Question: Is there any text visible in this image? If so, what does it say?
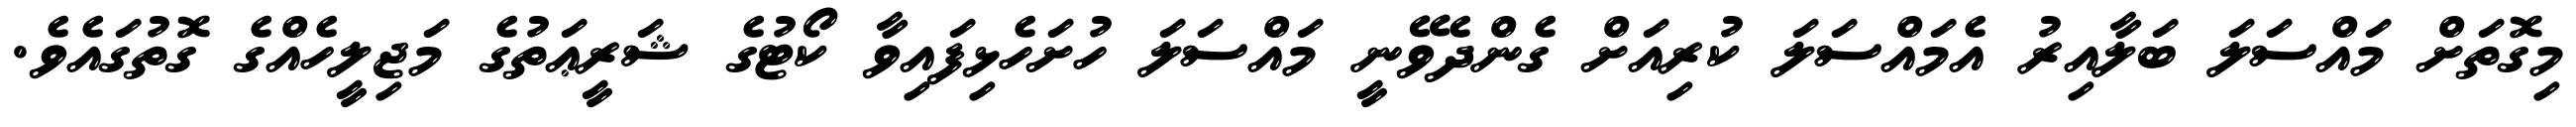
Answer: މިގޮތަށް މައްސަލަ ބަލާއިރު އެމައްސަލަ ކުރިއަށް ގެންދެވޭނީ މައްސަލަ ހުށަހެޅިފައިވާ ކޯޓުގެ ޝަރީޢަތުގެ މަޖިލީހެއްގެ ގޮތުގައެވެ.